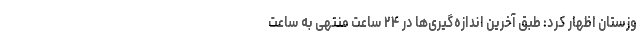
وزستان اظهار کرد: طبق آخرین اندازه‌گیری‌ها در ۲۴ ساعت منتهی به ساعت